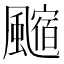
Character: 𩘰